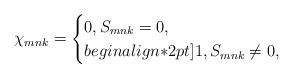
LaTeX: \begin{align*}&\displaystyle \chi_{mnk} = \begin{cases} 0, S_{mnk}=0, \\begin{align*}2pt] 1, S_{mnk}\neq 0, \end{cases}\end{align*}